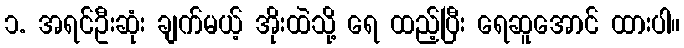
၁. အရင်ဦးဆုံး ချက်မယ့် အိုးထဲသို့ ရေ ထည့်ပြီး ရေဆူအောင် ထားပါ။